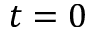
t = 0